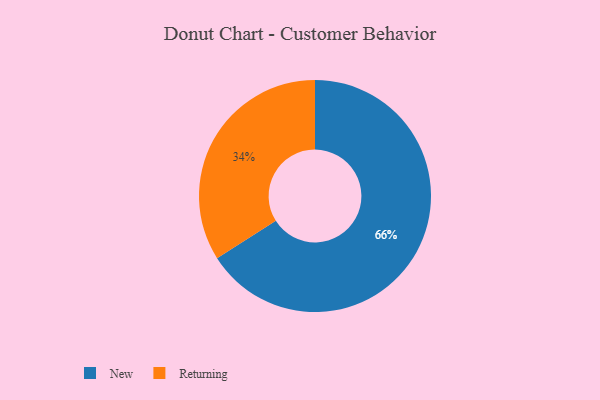
{"axis": {"x": "Category", "y": "Percentage"}, "legend": ["New", "Returning"], "data": [{"x": "New", "y": 66, "type": "New"}, {"x": "Returning", "y": 34, "type": "Returning"}]}